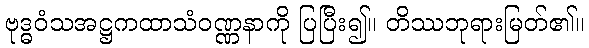
ဗုဒ္ဓဝံသအဋ္ဌကထာသံဝဏ္ဏနာကို ပြပြီး၍။ တိဿဘုရားမြတ်၏။